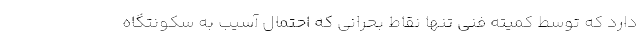
دارد که توسط کمیته فنی تنها نقاط بحرانی که احتمال آسیب به سکونتگاه‌